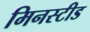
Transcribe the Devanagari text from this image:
मिनस्टीड